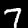
Label: 7